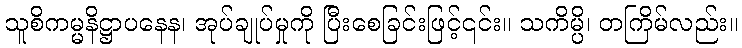
သူစိကမ္မနိဋ္ဌာပနေန၊ အုပ်ချုပ်မှုကို ပြီးစေခြင်းဖြင့်၎င်း။ သကိမ္ပိ၊ တကြိမ်လည်း။